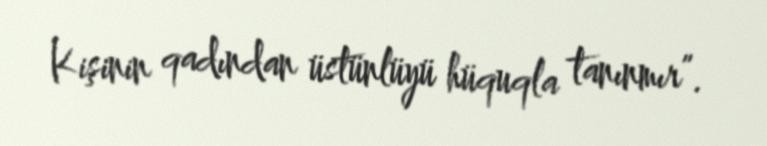
Kişinin qadından üstünlüyü hüquqla tanınmır”.